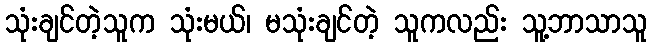
သုံးချင်တဲ့သူက သုံးမယ်၊ မသုံးချင်တဲ့ သူကလည်း သူ့ဘာသာသူ